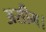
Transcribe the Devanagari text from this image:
असीम।